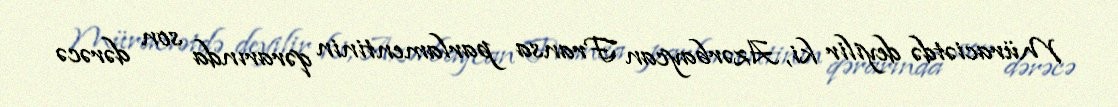
Müraciətdə deyilir ki, Azərbaycan Fransa parlamentinin qərarında son dərəcə